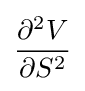
{\frac {\partial ^{2}V}{\partial S^{2}}}